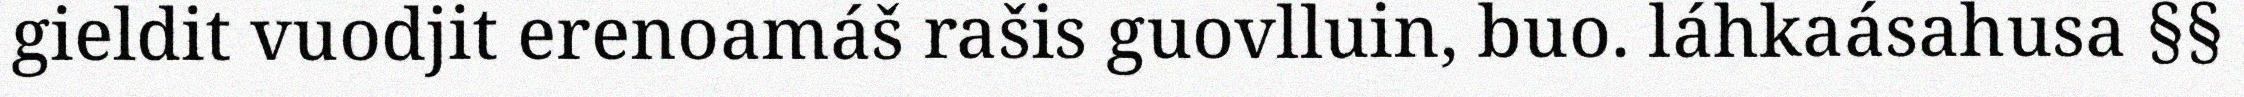
gieldit vuodjit erenoamáš rašis guovlluin, buo. láhkaásahusa §§